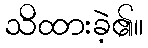
သိထားခဲ့၏။